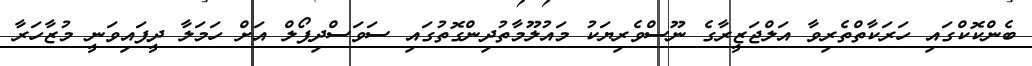
ބެންކޮކްގައި ހަރަކާތްތެރިވާ އަލްޖަޒީރާގެ ނޫސްވެރިޔަކު މައުލޫމާތުދިންގޮތުގައި ސަވަސްދިޕޯލް އަށް ހަމަލާ ދީފައިވަނީ މުޒާހަރާ